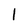
Character: 1